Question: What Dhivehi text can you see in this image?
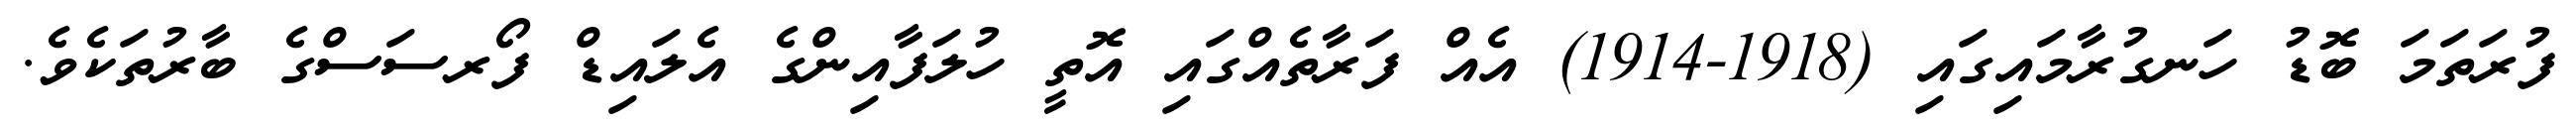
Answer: ފުރަތަމަ ބޮޑު ހަނގުރާމައިގައި (1918-1914) އެއް ފަރާތެއްގައި އޮތީ ހުލަފާއިންގެ އެލައިޑް ފޯރސަސްގެ ބާރުތަކެވެ.